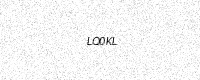
Text: LQ0KL